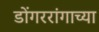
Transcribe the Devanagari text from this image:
डोंगररांगाच्या